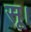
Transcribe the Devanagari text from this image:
सू।